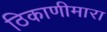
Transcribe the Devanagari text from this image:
ठिकाणीमारा